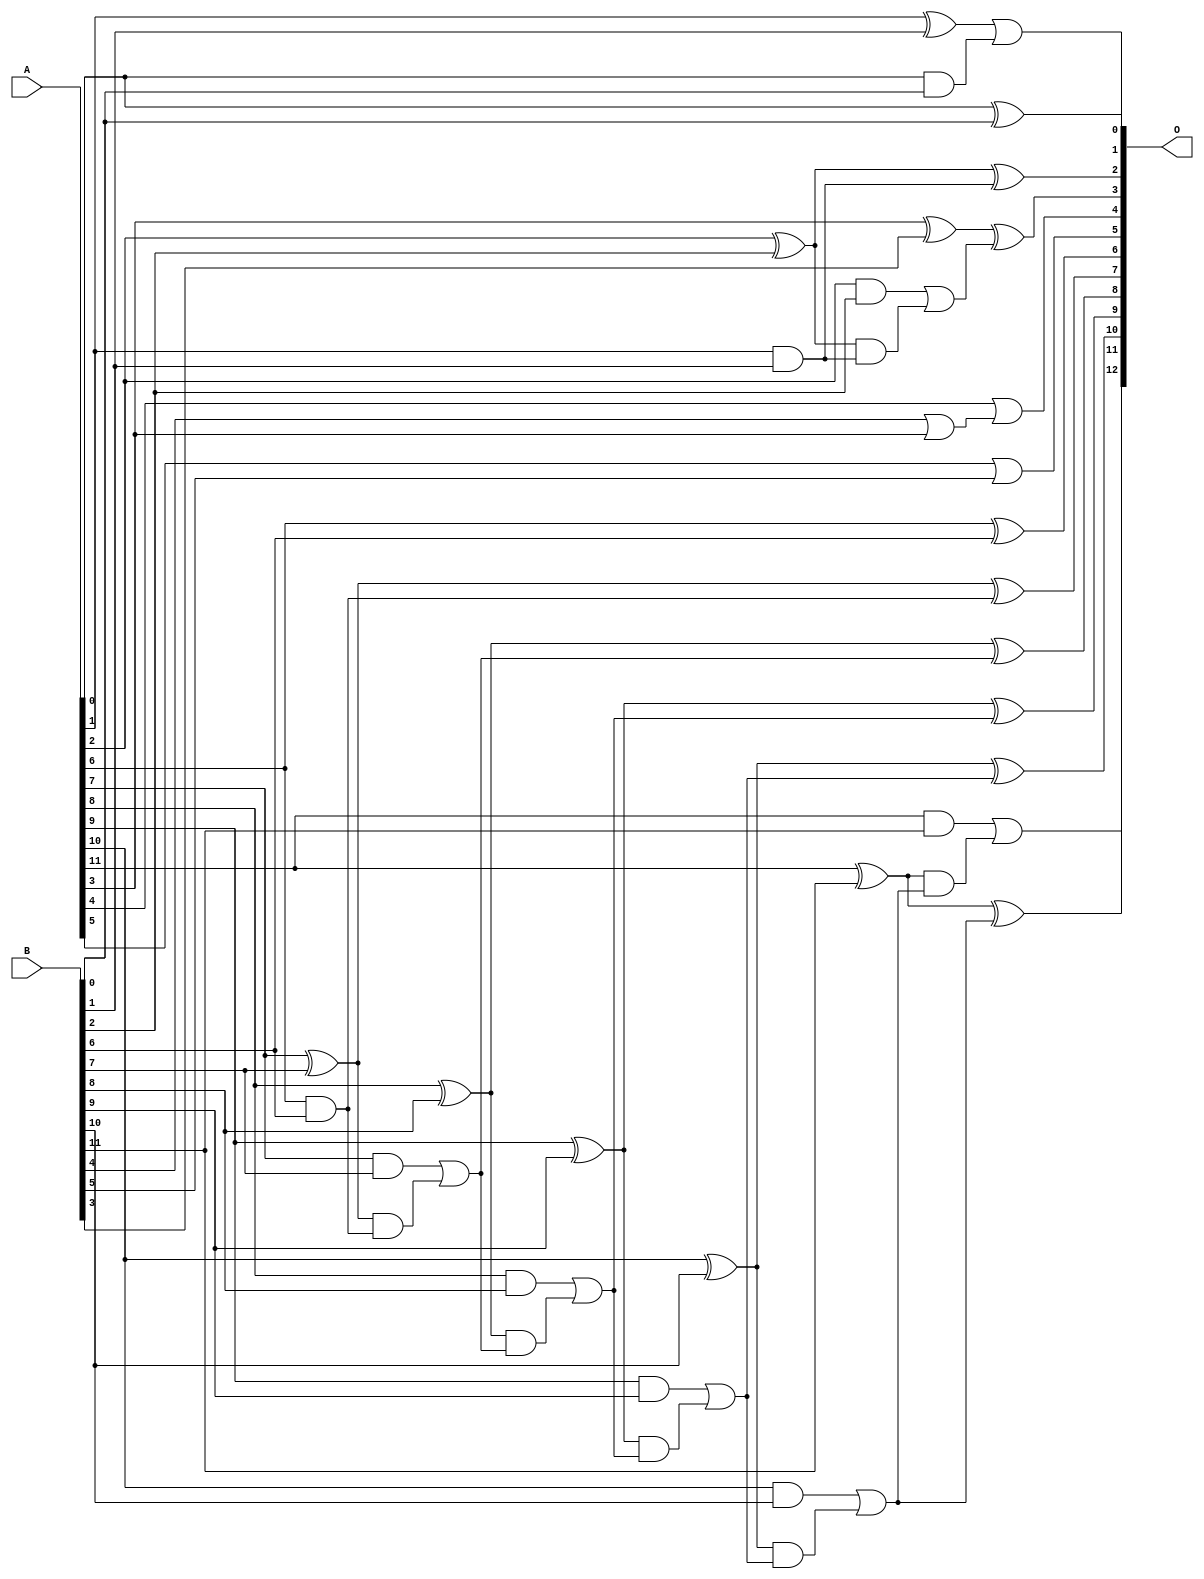
// This program was cloned from: https://github.com/ehw-fit/evoapproxlib
// License: MIT License

/***
* This code is a part of EvoApproxLib library (ehw.fit.vutbr.cz/approxlib) distributed under The MIT License.
* When used, please cite the following article(s): V. Mrazek, L. Sekanina, Z. Vasicek "Libraries of Approximate Circuits: Automated Design and Application in CNN Accelerators" IEEE Journal on Emerging and Selected Topics in Circuits and Systems, Vol 10, No 4, 2020 
* This file contains a circuit from a sub-set of pareto optimal circuits with respect to the pwr and ep parameters
***/
// MAE% = 0.22 %
// MAE = 18 
// WCE% = 0.81 %
// WCE = 66 
// WCRE% = 200.00 %
// EP% = 69.53 %
// MRE% = 0.60 %
// MSE = 628 
// PDK45_PWR = 0.036 mW
// PDK45_AREA = 93.9 um2
// PDK45_DELAY = 0.47 ns


module add12u_4R6(A, B, O);
  input [11:0] A, B;
  output [12:0] O;
  wire sig_25, sig_26, sig_27, sig_30, sig_31, sig_32;
  wire sig_33, sig_35, sig_36, sig_40, sig_41, sig_51;
  wire sig_52, sig_55, sig_56, sig_57, sig_58, sig_60;
  wire sig_61, sig_62, sig_63, sig_65, sig_66, sig_67;
  wire sig_68, sig_70, sig_71, sig_72, sig_73, sig_75;
  wire sig_76, sig_77, sig_78;
  assign O[0] = A[0] ^ B[0];
  assign sig_25 = A[0] & B[0];
  assign sig_26 = A[1] ^ B[1];
  assign sig_27 = A[1] & B[1];
  assign O[1] = sig_26 | sig_25;
  assign sig_30 = sig_27;
  assign sig_31 = A[2] ^ B[2];
  assign sig_32 = A[2] & B[2];
  assign sig_33 = sig_31 & sig_30;
  assign O[2] = sig_31 ^ sig_30;
  assign sig_35 = sig_32 | sig_33;
  assign sig_36 = A[3] ^ B[3];
  assign O[3] = sig_36 ^ sig_35;
  assign sig_40 = B[4] | A[3];
  assign sig_41 = A[4];
  assign O[4] = sig_41 | sig_40;
  assign O[5] = A[5] | B[5];
  assign sig_51 = A[6] ^ B[6];
  assign sig_52 = A[6] & B[6];
  assign O[6] = sig_51;
  assign sig_55 = sig_52;
  assign sig_56 = A[7] ^ B[7];
  assign sig_57 = A[7] & B[7];
  assign sig_58 = sig_56 & sig_55;
  assign O[7] = sig_56 ^ sig_55;
  assign sig_60 = sig_57 | sig_58;
  assign sig_61 = A[8] ^ B[8];
  assign sig_62 = A[8] & B[8];
  assign sig_63 = sig_61 & sig_60;
  assign O[8] = sig_61 ^ sig_60;
  assign sig_65 = sig_62 | sig_63;
  assign sig_66 = A[9] ^ B[9];
  assign sig_67 = A[9] & B[9];
  assign sig_68 = sig_66 & sig_65;
  assign O[9] = sig_66 ^ sig_65;
  assign sig_70 = sig_67 | sig_68;
  assign sig_71 = A[10] ^ B[10];
  assign sig_72 = A[10] & B[10];
  assign sig_73 = sig_71 & sig_70;
  assign O[10] = sig_71 ^ sig_70;
  assign sig_75 = sig_72 | sig_73;
  assign sig_76 = A[11] ^ B[11];
  assign sig_77 = A[11] & B[11];
  assign sig_78 = sig_76 & sig_75;
  assign O[11] = sig_76 ^ sig_75;
  assign O[12] = sig_77 | sig_78;
endmodule